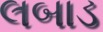
લબાડ